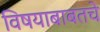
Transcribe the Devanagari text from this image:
विषयाबाबतचे